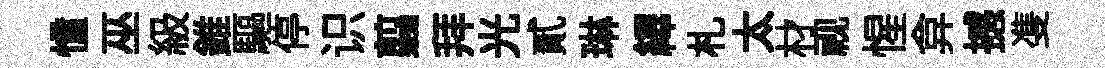
憧巫級錐驅停识翦拜光貳琳繹札太材视惺弇撼㕠